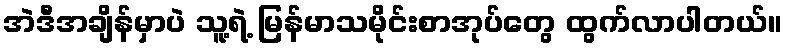
အဲဒီအချိန်မှာပဲ သူ့ရဲ့ မြန်မာသမိုင်းစာအုပ်တွေ ထွက်လာပါတယ်။